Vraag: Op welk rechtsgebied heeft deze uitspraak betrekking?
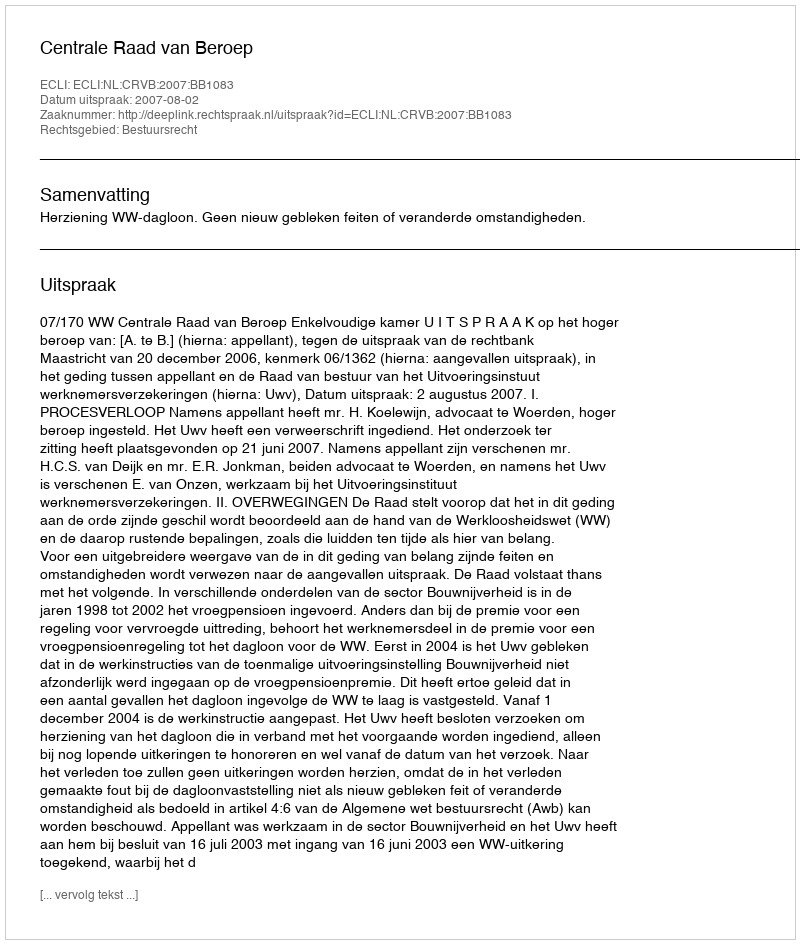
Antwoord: Bestuursrecht